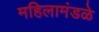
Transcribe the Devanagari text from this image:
महिलामंडळे